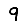
Digit: 9